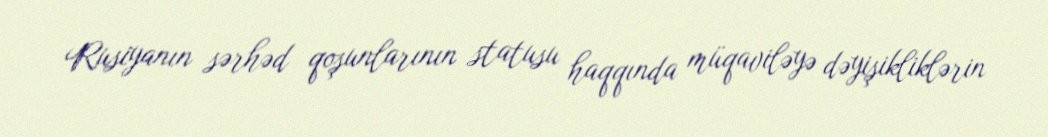
Rusiyanın sərhəd qoşunlarının statusu haqqında müqaviləyə dəyişikliklərin